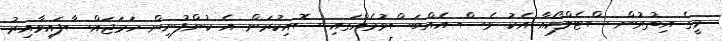
މީގެ އިތުރުން ސްޓެލްކޯއާ އެކު ވެސް އެއްބަސްވުމެއްގައި ސޮއިކުރަން އެ ކުންފުނިން ހަމަޖައްސާފައިވާއިރު